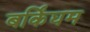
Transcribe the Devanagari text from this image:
बर्किंघम